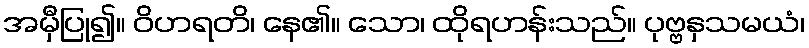
အမှီပြု၍။ ဝိဟရတိ၊ နေ၏။ သော၊ ထိုရဟန်းသည်။ ပုဗ္ဗနှသမယံ၊